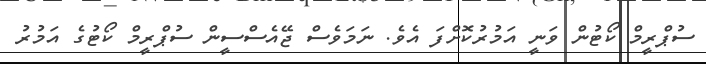
ސުޕްރީމް ކޯޓުން ވަނީ އަމުރުކޮށްފަ އެވެ. ނަމަވެސް ޖޭއެސްސީން ސުޕްރީމް ކޯޓުގެ އަމުރު